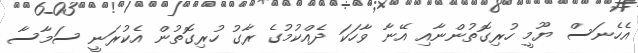
އެހެނަސް ޔޫމީ ހުރިގޮތުންނާއި އޭނާ ވާހަކަ ދެއްކުމުގެ ރާގު ހުރިގޮތުން އެކުރަނީ ސަމާސާ